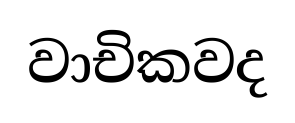
වාචිකවද